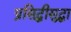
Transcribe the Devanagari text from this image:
प्रसिद्धीसुद्धा